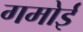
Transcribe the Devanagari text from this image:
गमोई